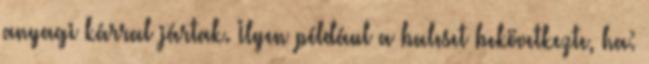
anyagi kárral jártak. Ilyen például a baleset bekövetkezte, ha: